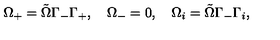
\Omega _ { + } = \tilde { \Omega } \Gamma _ { - } \Gamma _ { + } , \quad \Omega _ { - } = 0 , \quad \Omega _ { i } = \tilde { \Omega } \Gamma _ { - } \Gamma _ { i } ,